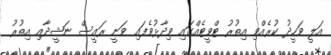
އަލީ ވަހީދު ކުރެއްވި އިތުރު ޓްވީޓެއްގައި ވިދާޅުވެފައި ވަނީ ރައީސް ނަޝީދާއި އިތުރު